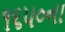
૧૬૫૦ના